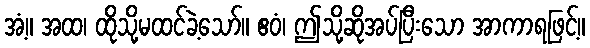
အံ့။ အထ၊ ထိုသို့မထင်ခဲ့သော်။ ဧဝံ၊ ဤသို့ဆိုအပ်ပြီးသော အာကာရဖြင့်။